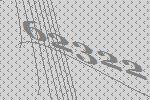
62322